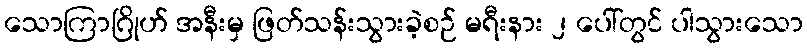
သောကြာဂြိုဟ် အနီးမှ ဖြတ်သန်းသွားခဲ့စဉ် မရီးနား ၂ ပေါ်တွင် ပါသွားသော